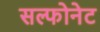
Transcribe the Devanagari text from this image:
सल्फोनेट